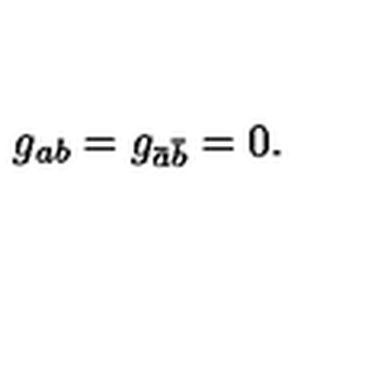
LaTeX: g _ { a b } = g _ { \bar { a } \bar { b } } = 0 .